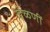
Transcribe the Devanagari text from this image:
खेळणीं